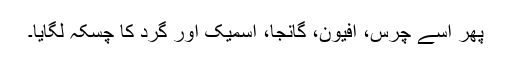
پھر اسے چرس، افیون، گانجا، اسمیک اور گرد کا چسکہ لگایا۔